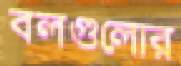
বলগুলোর